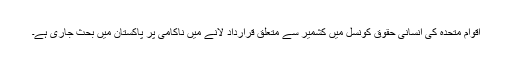
اقوام متحدہ کی انسانی حقوق کونسل میں کشمیر سے متعلق قرارداد لانے میں ناکامی پر پاکستان میں بحث جاری ہے۔